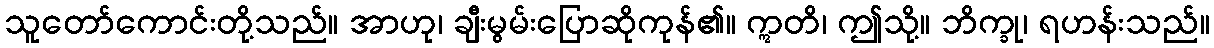
သူတော်ကောင်းတို့သည်။ အာဟု၊ ချီးမွမ်းပြောဆိုကုန်၏။ ဣတိ၊ ဤသို့။ ဘိက္ခု၊ ရဟန်းသည်။